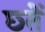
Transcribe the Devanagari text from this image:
छ्तें